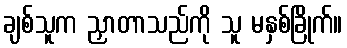
ချစ်သူက ညှာတာသည်ကို သူ မနှစ်ခြိုက်။